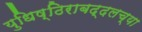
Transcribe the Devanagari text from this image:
युधिष्ठिराबद्दलच्या